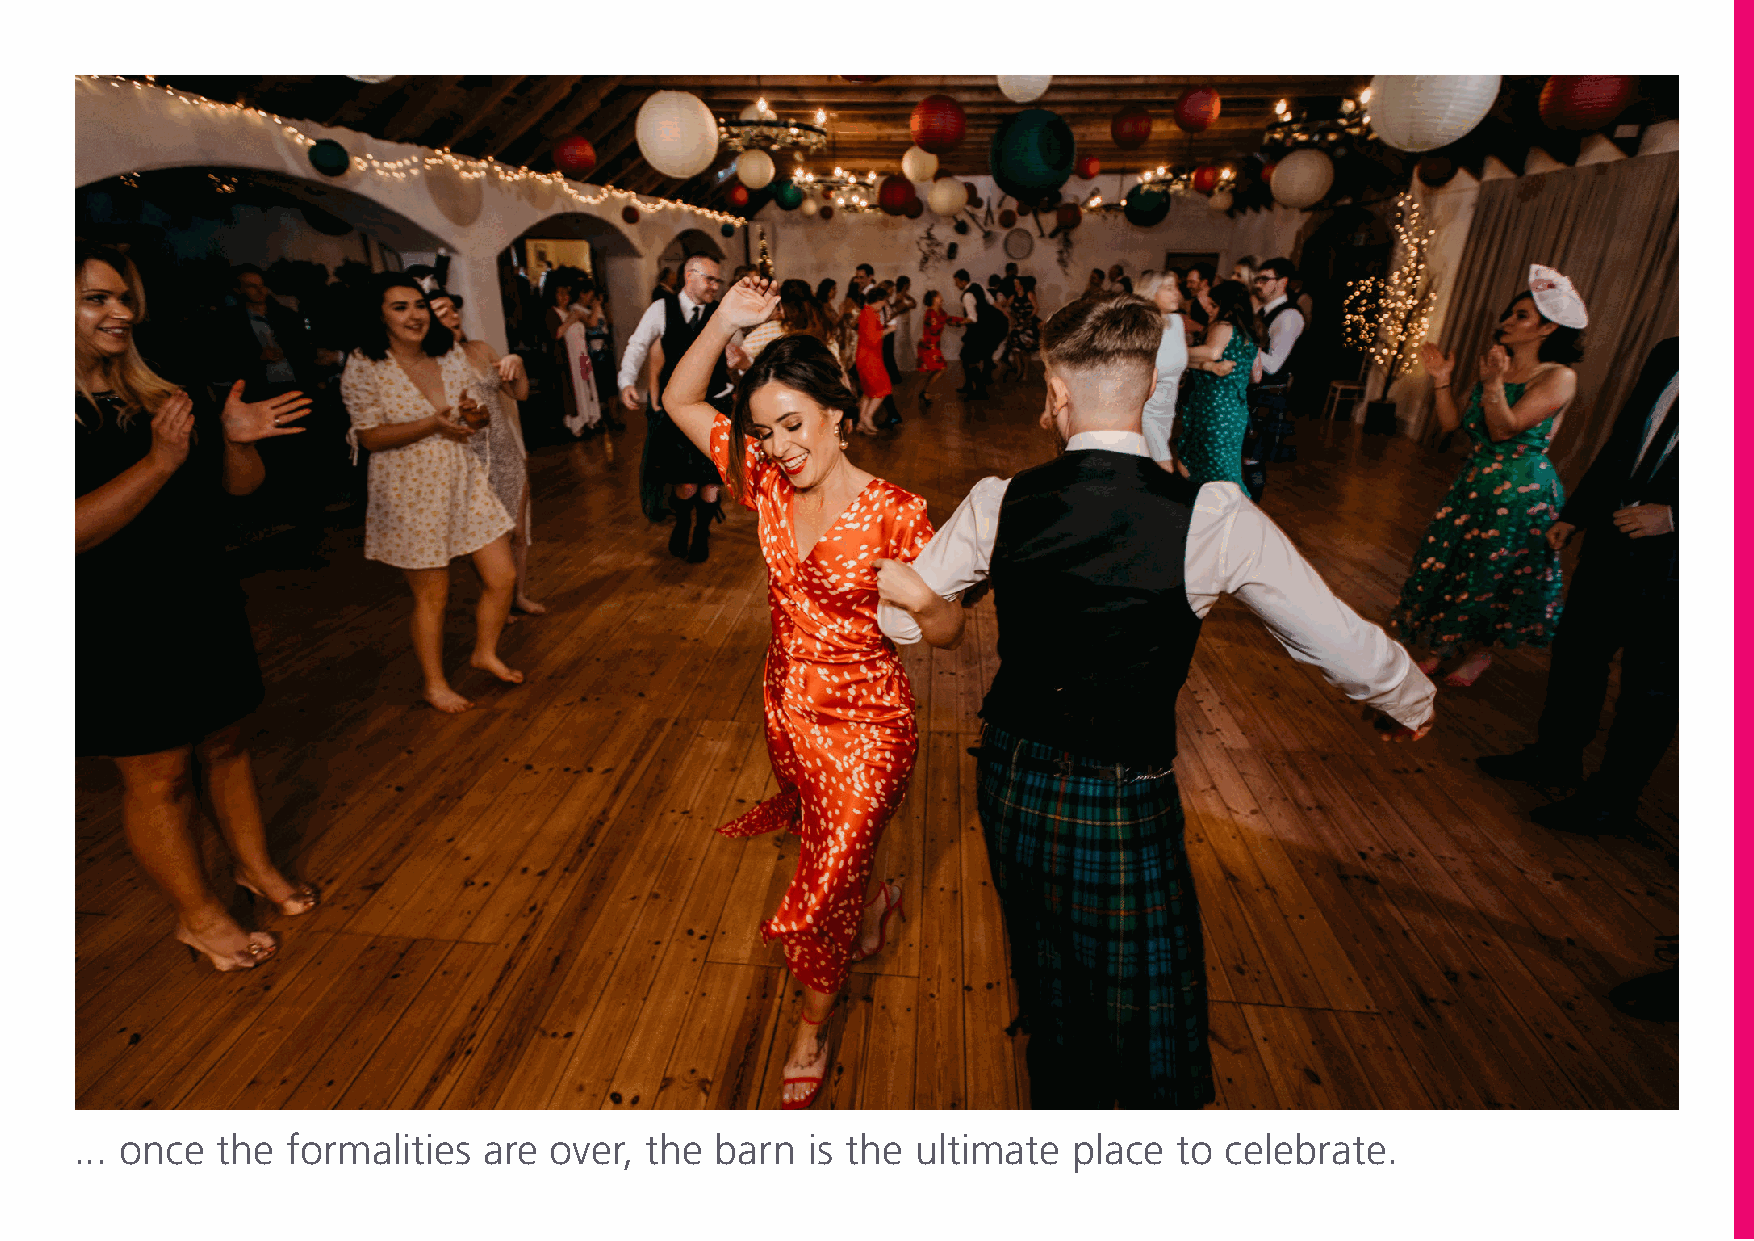
... once the  formalities  are over,  the barn   is the ultimate  place  to celebrate.